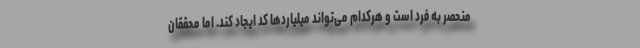
منحصر به فرد است و هرکدام می‌تواند میلیاردها کد ایجاد کند. اما محققان